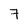
Character: 7